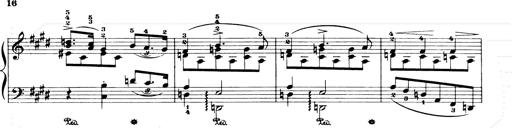
Title: Consolations and LiebestrÃ¤ume for the Piano
Composer: Franz Liszt